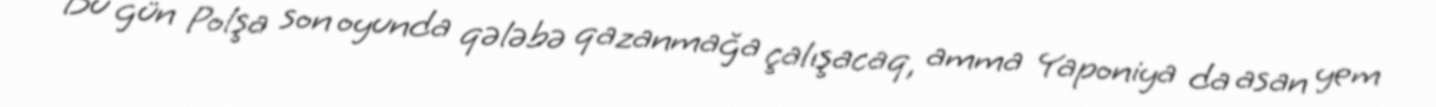
Bu gün Polşa son oyunda qələbə qazanmağa çalışacaq, amma Yaponiya da asan yem